Scottish Leaving Certificate Examination, 1953
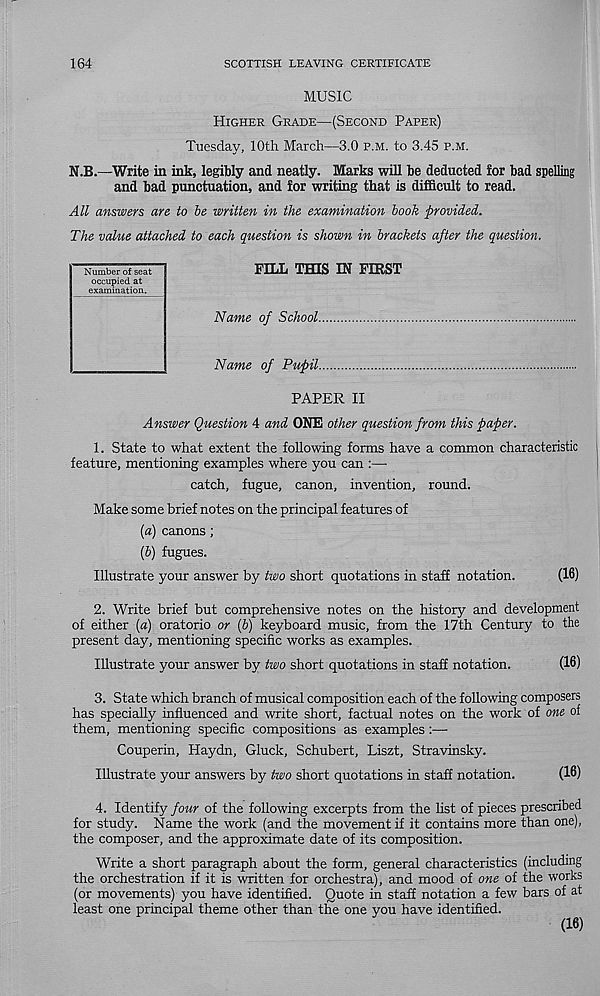
164
SCOTTISH LEAVING CERTIFICATE
MUSIC
Higher Grade—(Second Paper)
Tuesday, 10th March—3.0 p.m. to 3.45 p.m.
N.B.—Write in ink, legibly and neatly. Marks will be deducted for bad spelling
and bad punctuation, and for writing that is difficult to read.
All answers are to be written in the examination book provided.
The value attached to each question is shown in brackets after the question.
FELL THIS IN FIRST
Name of School
Name of Pupil
PAPER II
Answer Question 4 and ONE other question from this paper.
1. State to what extent the following forms have a common characteristic
feature, mentioning examples where you can :—-
catch, fugue, canon, invention, round.
Make some brief notes on the principal features of
{a) canons ;
(5) fugues.
Illustrate your answer by two short quotations in staff notation.
(16)
2. Write brief but comprehensive notes on the history and development
of either (a) oratorio or (b) keyboard music, from the 17th Century to the
present day, mentioning specific works as examples.
Illustrate your answer by two short quotations in staff notation.
(16)
3. State which branch of musical composition each of the following composers
has specially influenced and write short, factual notes on the work of one of
them, mentioning specific compositions as examples:—
Couperin, Haydn, Gluck, Schubert, Liszt, Stravinsky.
Illustrate your answers by two short quotations in staff notation.
(16)
4. Identify four of the following excerpts from the list of pieces prescribed
for study. Name the work (and the movement if it contains more than one),
the composer, and the approximate date of its composition.
Write a short paragraph about the form, general characteristics (including
the orchestration if it is written for orchestra), and mood of one of the works
(or movements) you have identified. Quote in staff notation a few bars of at
least one principal theme other than the one you have identified.
(16)
Number of seat
occupied at
examination.